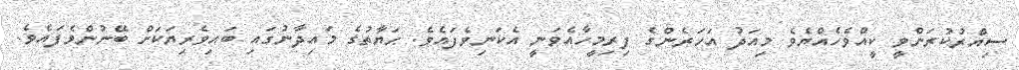
ސިއްރުކުރަންވީ ކީއްވެހެއްޔެވެ މިއަދު އަހަރެންގެ ފިރިމީހާއެވަނީ އެކަނިވެފައެވެ. ޙަޔާތުގެ މައިދާނުގައި ބައިވެރިޔަކަށް ބޭނުންވެފައެވެ.